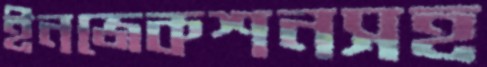
ইনজেকশনসহ